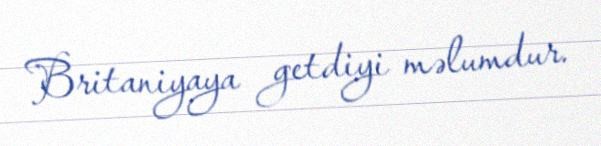
Britaniyaya getdiyi məlumdur.